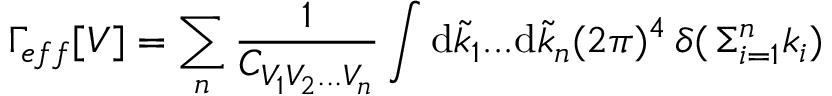
\displaystyle \Gamma _ { e f f } [ V ] = \sum _ { n } \frac { 1 } { C _ { \scriptstyle { V _ { 1 } V _ { 2 } . . . V _ { n } } } } \int \mathrm { d } \tilde { k } _ { 1 } . . . \mathrm { d } \tilde { k } _ { n } ( 2 \pi ) ^ { 4 } \, \delta ( \, { { \Sigma } _ { i = 1 } ^ { n } k _ { i } } )